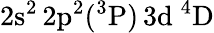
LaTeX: \mathrm{2s^{2}\, 2p^{2}(^{3}P)\, 3d~^{4}D}